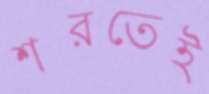
শরতেই